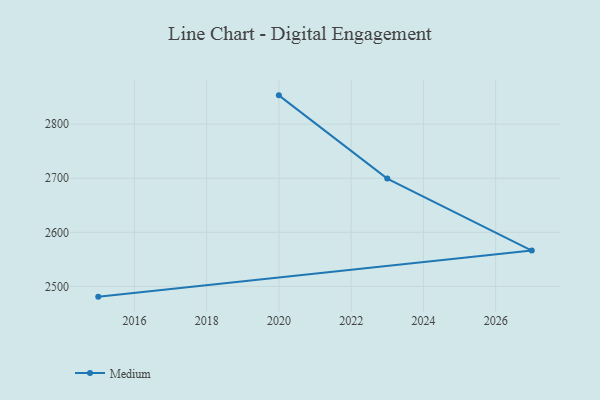
{"axis": {"x": "Year", "y": "Conversion Rate (%)"}, "legend": ["Medium"], "data": [{"x": "2015", "y": 2481.0, "type": "Medium"}, {"x": "2027", "y": 2566.2, "type": "Medium"}, {"x": "2023", "y": 2699.3, "type": "Medium"}, {"x": "2020", "y": 2853.3, "type": "Medium"}]}